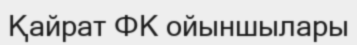
Қайрат ФК ойыншылары